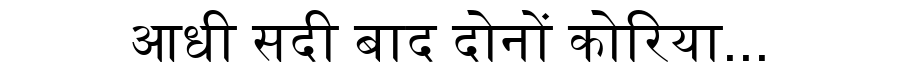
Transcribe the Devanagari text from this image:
आधी सदी बाद दोनों कोरिया...